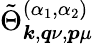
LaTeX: \tilde{\Theta}_{\boldsymbol{k},\boldsymbol{q}\nu,\boldsymbol{p}\mu}^{(\alpha_{1},\alpha_{2})}